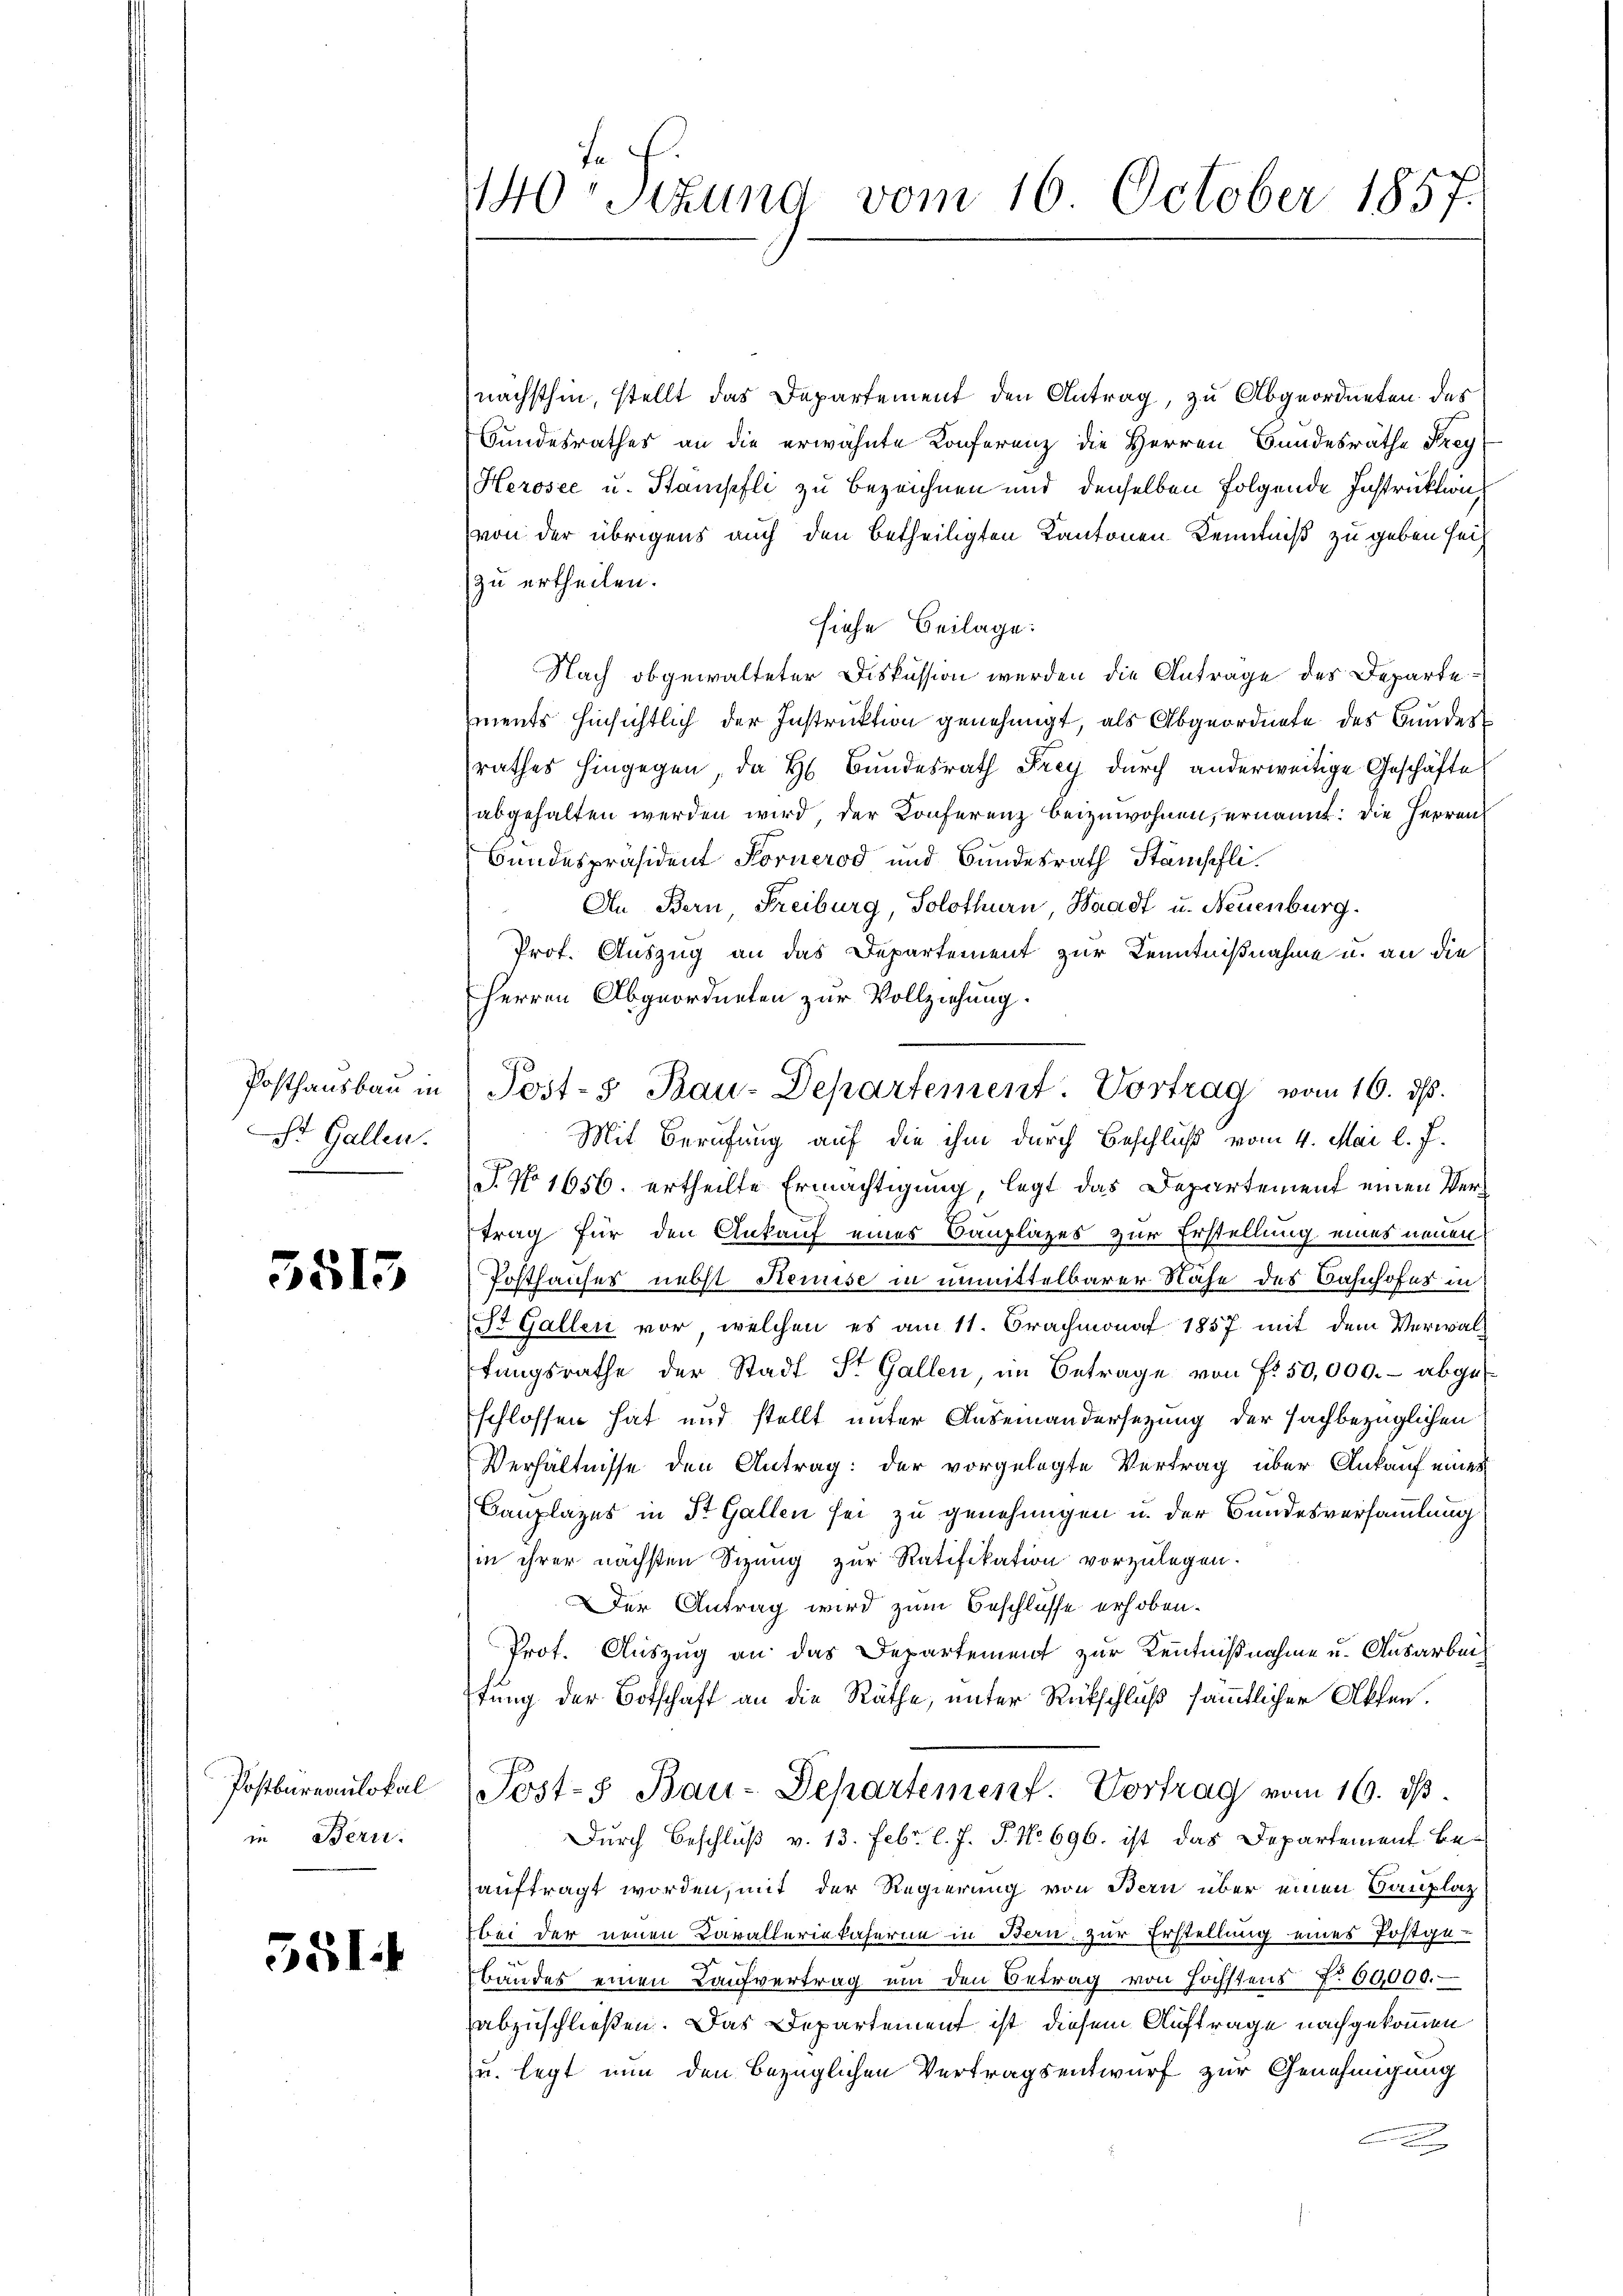
St. Gallen.

5515

in Bern.

551.

te
140: Sitzung vom 16. October 1857
.

nächsthin, stellt das Departement den Antrag, zu Abgeordneten des
Bundesrathes an die erwähnte Konferenz die Herren Bundesräthe Frey
Herosee u. Stampfli zu bezeichnen und denselben folgende Instruktion,
von der übrigens auch den betheiligten Kantonen Kenntniß zu geben sei
zu ertheilen.
siehe Beilage:
Nach obgewalteter Diskussion werden die Antrage des Departements hinsichtlich der Instruktion genehmigt, als Abgeordnete des Bundes
rathes hingegen, da H. Bundesrath Frey durch anderweitige Geschäfte
abgehalten werden wird, der Konferenz beizuwohnen, ernannt: Die Herren
Bundespräsident Fornerod und Bundesrath Stämschli¬
An Bern Freiburg, Solothurn, Waadt u. Neuenburg.
Prof. Auszug an das Departement zur Kenntnißnahme u. an die
Herren Abgeordneten zur Vollziehung.
Posthaŭsbaŭ in Post- & Bau-Departement. Vortrag vom 16. ds.
Mit Berufung auf die ihm durch Beschluß vom 4. Mai l. J.
T. No 1656. ertheilte Ermächtigung, legt das Departement einen Vertrag für den Ankauf eines Bauplazes zur Erstellung eines neuen
Posthauses nebst Remise in unmittelbarer Nähe des Bahnhofes in
St. Gallen vor, welchen es am 11. Brachmonat 1857 mit dem Verwalfungsrathe der Stadt St. Gallen, im Betrage von Fr. 50,000.- abgeschlossen hat und stellt unter Auseinandersetzung der sachbezüglichen
Verhältnisse den Antrag: der vorgelegte Vertrag über Ankauf eines
Canplazes in St. Gallen sei zu genehmigen u. der Bundesversammlung
in ihrer nächsten Sitzung zur Ratifikation vorzulegen.
Der Antrag wird zum Beschlüsse erhoben.
Prot. Auszug an das Departement zur Kenntnißnahme u. Ausarbeitung der Botschaft an die Räthe, unter Rückschluß sämmtlicher Akten.
Postbureaulokal (Post- Bau-Departement. Vortrag vom 16. ds.
Durch Beschluß v. 13. Febr. l. J. P. No 696. ist das Departement Beauftragt worden, mit der Regierung von Bern über einen Bauplatz
bei der neuen Daralleriekaserin in Bern zur Erstellung eines Postge-
bandes einen Laufvertrag um den Betrag von höchstens No 60000.
abzuschließen. Das Departement ist diesem Auftrage nachgekommen
u. legt nun den bezüglichen Vertragsentwurf zur Genehmigung
.